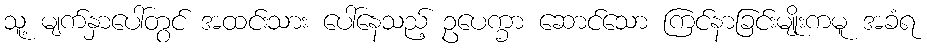
သူ့ မျက်နှာပေါ်တွင် အထင်းသား ပေါ်နေသည့် ဥပေက္ခာ ဆောင်သော ကြင်နာခြင်းမျိုးကမူ အခံရ